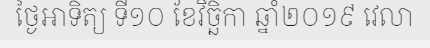
ថ្ងៃអាទិត្យ ទី១០ ខែវិច្ឆិកា ឆ្នាំ២០១៩ វេលា